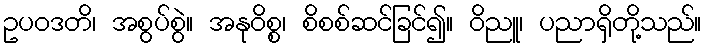
ဥပဝဒတိ၊ အစွပ်စွဲ။ အနုဝိစ္စ၊ စိစစ်ဆင်ခြင်၍။ ဝိညူ၊ ပညာရှိတို့သည်။